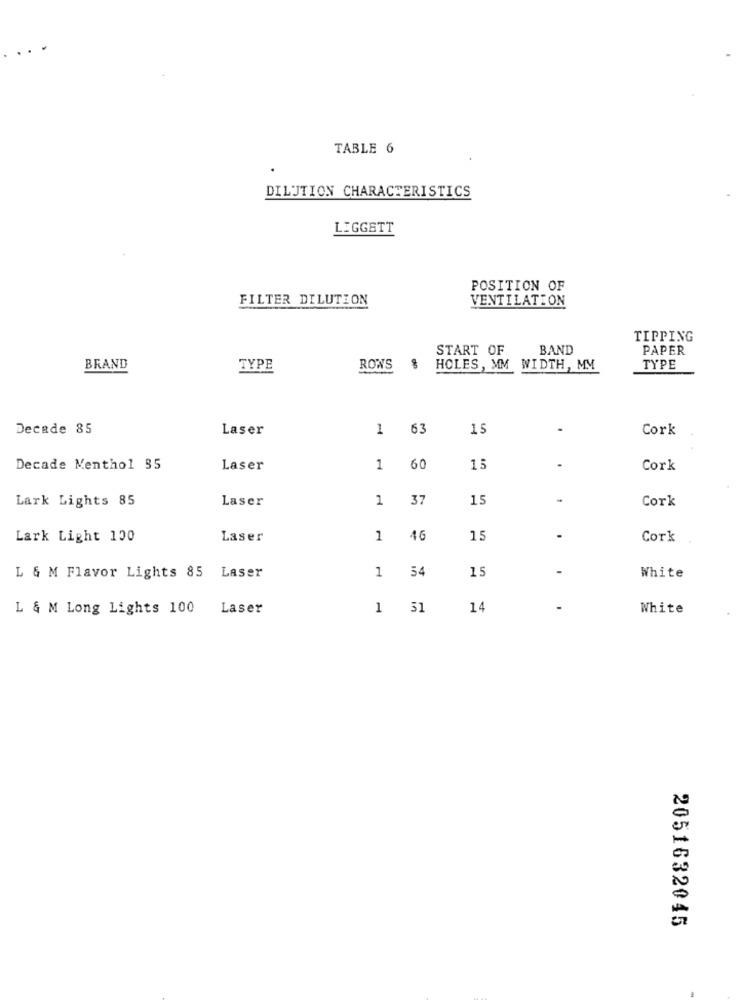
TABLE 6
DILUTION CHARACTERISTICS
LIGGETT
POSITION OF
FILTER DILUTION
VENTILATION
TIPPING
START OF
BAND
PAPER
BRAND
TYPE
ROWS
HOLES, MM WIDTH, MM
TYPE
Decade 85
Laser
1
63
15
Cork
Decade Menthol 35
Laser
1
60
13
Cork
Lark Lights 85
Laser
1
37
15
Cork
Lark Light 100
Laser
1
16
15
Cork
Laser
1
54
15
L & M Flavor Lights 85
White
L & M Long Lights 100
Laser
1 31
14
White
2051632045